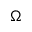
\Omega